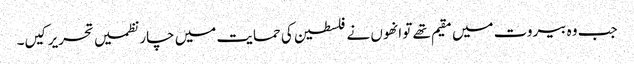
جب وہ بیروت میں مقیم تھے تو انھوں نے فلسطین کی حمایت میں چار نظمیں تحریر کیں۔